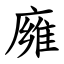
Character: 㢕